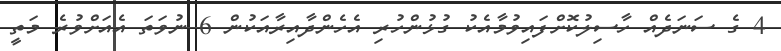
4 ގެ ސަނަދެއް ހާސިލުކޮށްފައިވުމާއެކު ގުޅުންހުރި އެހެންދާއިރާއަކުން 6 ނުވަތަ އެއަށްވުރެ މަތީ